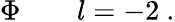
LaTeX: \Phi\qquad l=-2\ .